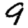
Digit: 9